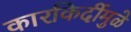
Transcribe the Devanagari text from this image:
कारकिर्दीमुळे